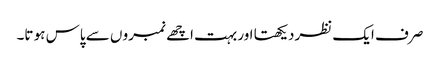
صر ف ایک نظردیکھتا اور بہت اچھے نمبرو ں سے پاس ہو تا۔